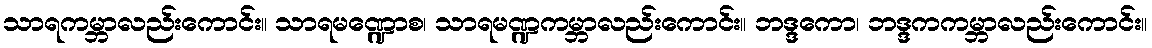
သာရကမ္ဘာလည်းကောင်း။ သာရမဏ္ဍောစ၊ သာရမဏ္ဍကမ္ဘာလည်းကောင်း။ ဘဒ္ဒကော၊ ဘဒ္ဒကကမ္ဘာလည်းကောင်း။